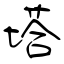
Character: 塔